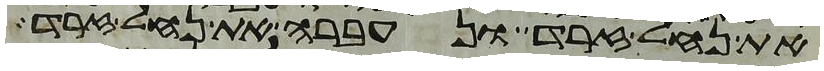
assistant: את נחל זרד ונעברה את נחל זרד